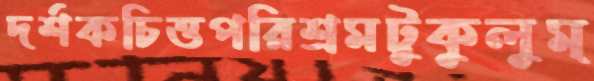
দর্শকচিত্তপরিশ্রমটুকুলুম্